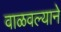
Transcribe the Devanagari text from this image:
वाळवल्याने